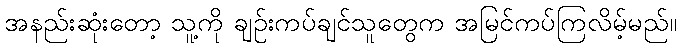
အနည်းဆုံးတော့ သူ့ကို ချဉ်းကပ်ချင်သူတွေက အမြင်ကပ်ကြလိမ့်မည်။